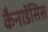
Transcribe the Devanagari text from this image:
कैनाडेंसिस